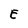
Character: E